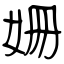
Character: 姍